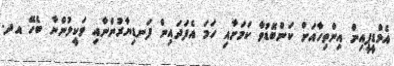
އެމްޑީޕީއިން އިންތިހާއަށް ކަންބޮޑުވާ ކަމަށާއި ހަމަ އެފަދައިން ފަނޑިޔާރުންނާއި ވަކީލުންނާ ބެހޭ އދ.